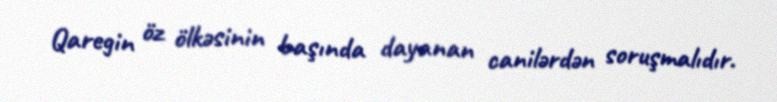
Qaregin öz ölkəsinin başında dayanan canilərdən soruşmalıdır.